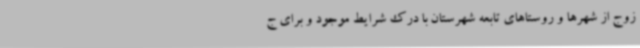
زوج از شهرها و روستاهای تابعه شهرستان با درک شرایط موجود و برای ج